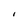
Character: l